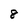
Character: 8